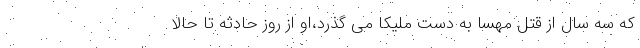
که سه سال از قتل مهسا به دست ملیکا می گذرد،او از روز حادثه تا حالا